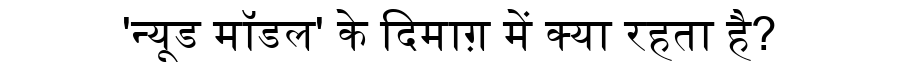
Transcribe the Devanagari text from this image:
'न्यूड मॉडल' के दिमाग़ में क्या रहता है?